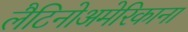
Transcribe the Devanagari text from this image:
लैटिनोअमेरिकाना